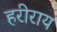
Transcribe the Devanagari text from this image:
हरीराय